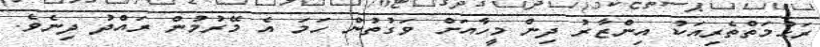
ރަޙުމަތްތެރިއަކު އިންޒާރު ދިން މީހާއަށް ވަގުތުން ހަމަ އެ މޭރުމުން ރައްދު ދިނެވެ.